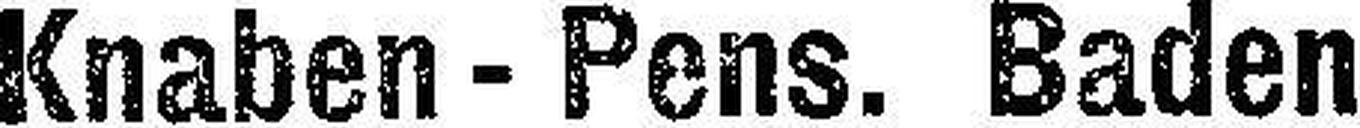
Knaden - Pens. Baden